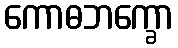
ကောဓဘက္ခော